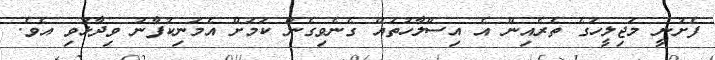
ފެށުނީ މަޖިލީހުގެ ތެރެއިން އެ އިސްލާހުތައް ގެނެވިގެން ކަމަށް އެމަނިކުފާނު ވިދާޅުވި އެވެ.